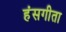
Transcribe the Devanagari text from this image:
हंसगीता